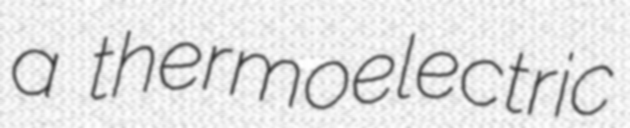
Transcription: a thermoelectric